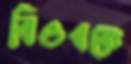
বিওএকে